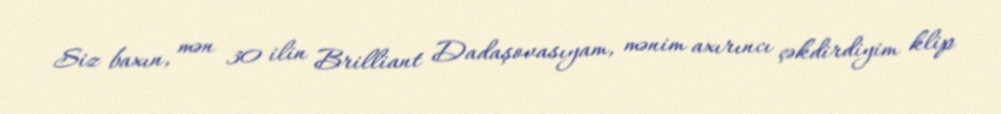
Siz baxın, mən 30 ilin Brilliant Dadaşovasıyam, mənim axırıncı çəkdirdiyim klip